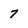
Character: 7